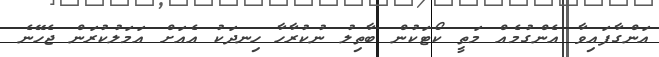
އަންގާފައިވާ އެންގުމެއް މަތީ ކޯޓަކުން ބާތިލު ނުކުރާހާ ހިނދަކު އެއަށް އަމަލުކުރަން ޖެހޭނެ